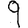
Digit: 9